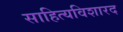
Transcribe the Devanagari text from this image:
साहित्यविशारद